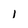
Character: 1